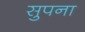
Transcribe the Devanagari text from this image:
सुपना